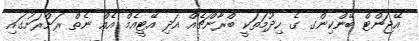
އޭޖަންޓް ބޭންކިންގ ގެ ހިދުމަތަކީ ބްރާންޗެއް އަދި އޭޓީއެމް އެއް ނެތް ރަށްރަށުގައި